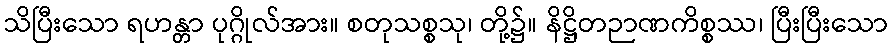
သိပြီးသော ရဟန္တာ ပုဂ္ဂိုလ်အား။ စတုသစ္စသု၊ တို့၌။ နိဋ္ဌိတဉာဏကိစ္စဿ၊ ပြီးပြီးသော